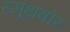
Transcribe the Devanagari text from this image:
स्मूथबोर